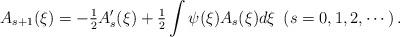
LaTeX: \begin{align*}A_{s+1}(\xi )=-\tfrac{1}{2}A_{s}^{\prime }(\xi )+\tfrac{1}{2}\int \psi (\xi)A_{s}(\xi)d\xi \ \left( s=0,1,2,\cdots \right) . \end{align*}